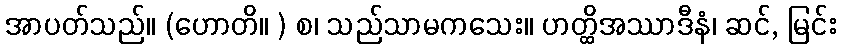
အာပတ်သည်။ (ဟောတိ။ ) စ၊ သည်သာမကသေး။ ဟတ္ထိအဿာဒီနံ၊ ဆင်, မြင်း